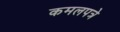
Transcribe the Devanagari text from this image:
कमलपत्रे